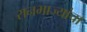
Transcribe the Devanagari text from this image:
रानभाज्यांचा